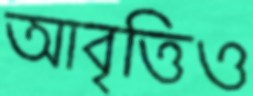
আবৃত্তিও